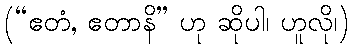
(“ဧတံ, ဧတာနိ” ဟု ဆိုပါ၊ ဟူလို၊)